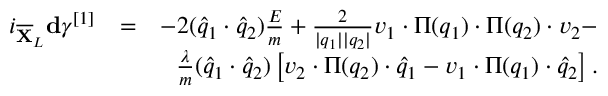
\begin{array} { r l r } { i _ { \overline { { \mathbf { X } } } _ { L } } \mathbf { d } \gamma ^ { [ 1 ] } } & { = } & { - 2 ( \widehat { q } _ { 1 } \cdot \widehat { q } _ { 2 } ) \frac { E } { m } + \frac { 2 } { \vert q _ { 1 } \vert \vert q _ { 2 } \vert } v _ { 1 } \cdot \Pi ( q _ { 1 } ) \cdot \Pi ( q _ { 2 } ) \cdot v _ { 2 } - } \\ & { } & { \frac { \lambda } { m } ( \widehat { q } _ { 1 } \cdot \widehat { q } _ { 2 } ) \left[ v _ { 2 } \cdot \Pi ( q _ { 2 } ) \cdot \widehat { q } _ { 1 } - v _ { 1 } \cdot \Pi ( q _ { 1 } ) \cdot \widehat { q } _ { 2 } \right] . } \end{array}